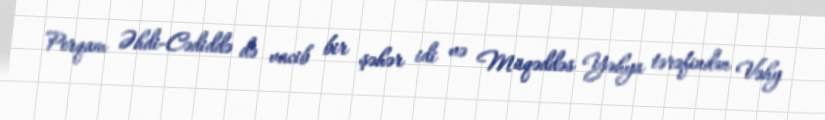
Perqam Əhdi-Cədiddə də vacib bir şəhər idi və Müqəddəs Yəhya tərəfindən Vəhy